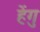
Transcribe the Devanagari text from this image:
हेंगु